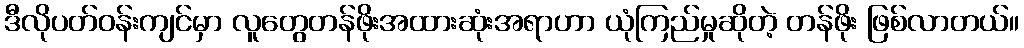
ဒီလိုပတ်ဝန်းကျင်မှာ လူတွေတန်ဖိုးအထားဆုံးအရာဟာ ယုံကြည်မှုဆိုတဲ့ တန်ဖိုး ဖြစ်လာတယ်။